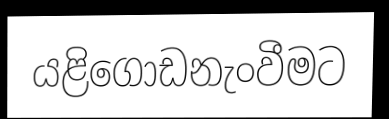
යළිගොඩනැංවීමට